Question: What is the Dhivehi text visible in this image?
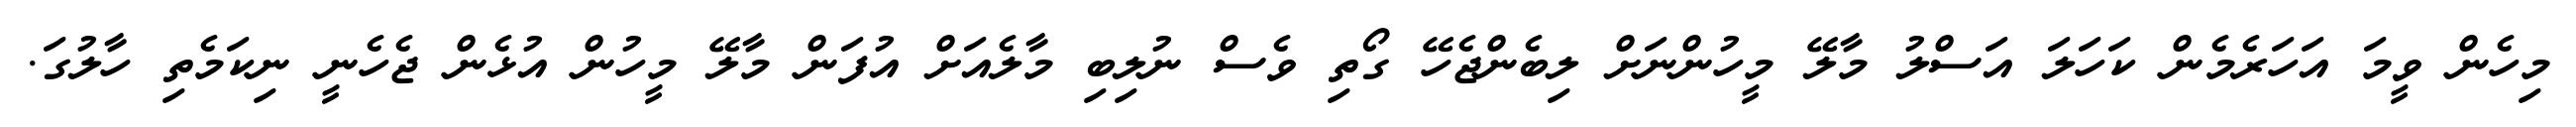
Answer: މިހެން ވީމަ އަހަރެމެން ކަހަލަ އަސްލު މާލޭ މީހުންނަށް ލިބެންޖެހޭ ގޯތި ވެސް ނުލިބި މާލެއަށް އުފަން މާލޭ މީހުން އުޅެން ޖެހެނީ ނިކަމެތި ހާލުގަ.